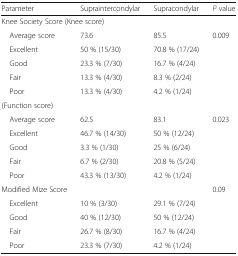
| Parameter | Supraintercondylar | Supracondylar | P value |
 | --- | --- | --- | --- |
 | <COLSPAN=4> Knee Society Score (Knee score) |
 | Average score | 73.6 | 85.5 | 0.009 |
 | Excellent | 50 % (15/30) | 70.8 % (17/24) |  |
 | Good | 23.3 % (7/30) | 16.7 % (4/24) |  |
 | Fair | 13.3 % (4/30) | 8.3 % (2/24) |  |
 | Poor | 13.3 % (4/30) | 4.2 % (1/24) |  |
 | <COLSPAN=4> (Function score) |
 | Average score | 62.5 | 83.1 | 0.023 |
 | Excellent | 46.7 % (14/30) | 50 % (12/24) |  |
 | Good | 3.3 % (1/30) | 25 % (6/24) |  |
 | Fair | 6.7 % (2/30) | 20.8 % (5/24) |  |
 | Poor | 43.3 % (13/30) | 4.2 % (1/24) |  |
 | Modified Mize Score |  |  | 0.09 |
 | Excellent | 10 % (3/30) | 29.1 % (7/24) |  |
 | Good | 40 % (12/30) | 50 % (12/24) |  |
 | Fair | 26.7 % (8/30) | 16.7 % (4/24) |  |
 | Poor | 23.3 % (7/30) | 4.2 % (1/24) |  |